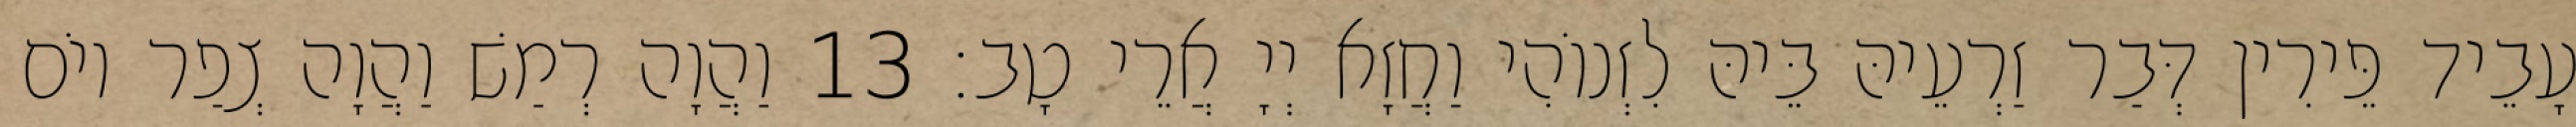
עָבֵיד פֵּירִין דְּבַר זַרְעֵיהּ בֵּיהּ לִזְנוֹהִי וַחֲזָא יְיָ אֲרֵי טָב׃ 13 וַהֲוָה רְמַשׁ וַהֲוָה צְפַר יוֹם